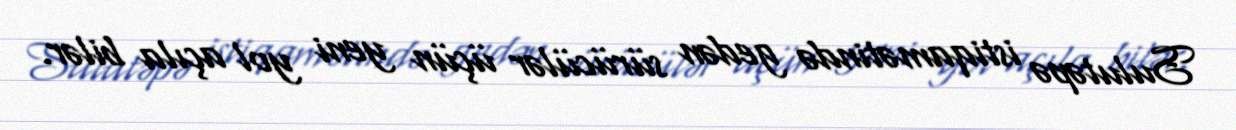
Sulutəpə istiqamətində gedən sürücülər üçün yeni yol açıla bilər.